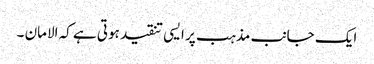
ایک جانب مذہب پر ایسی تنقید ہوتی ہے کہ الامان ۔